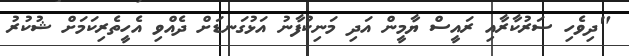
"ދިވެހި ސަރުކާރާއި ރައީސް ޔާމީން އަދި މަނިކުފާނު އަޅުގަނޑަށް ދެއްވި އެހީތެރިކަމަށް ޝުކުރު